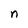
Character: n